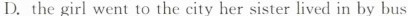
D.the girl went to the city her sister lived in by bus